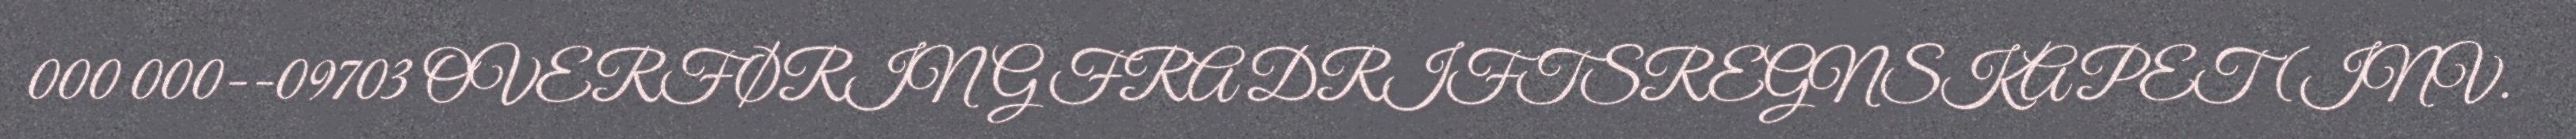
000 000--09703 OVERFØRING FRA DRIFTSREGNSKAPET (INV.